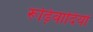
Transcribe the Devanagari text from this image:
रूढ़िवादियों